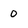
Character: 0